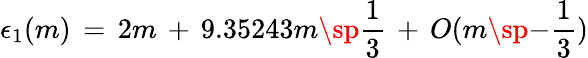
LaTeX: \epsilon_{1}(m)\, =\, 2m\, +\, 9.35243m\sp{\frac{1}{3}}\, +\, O(m\sp{-{\frac{1}{3}}})